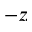
- z